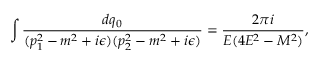
\int \frac { d q _ { 0 } } { ( p _ { 1 } ^ { 2 } - m ^ { 2 } + i \epsilon ) ( p _ { 2 } ^ { 2 } - m ^ { 2 } + i \epsilon ) } = \frac { 2 \pi i } { E ( 4 E ^ { 2 } - M ^ { 2 } ) } ,